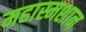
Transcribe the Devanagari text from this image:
महास्मशान